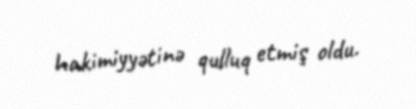
hakimiyyətinə qulluq etmiş oldu.